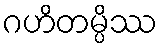
ဂဟိတမ္ပိဿ